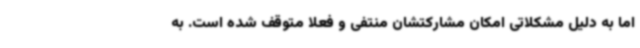
اما به دلیل مشکلاتی امکان مشارکتشان منتفی و فعلا متوقف شده است. به